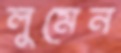
লুমেন